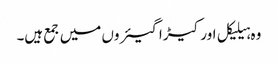
وہ ہیلیکل اور کیڑا گیئروں میں جمع ہیں۔